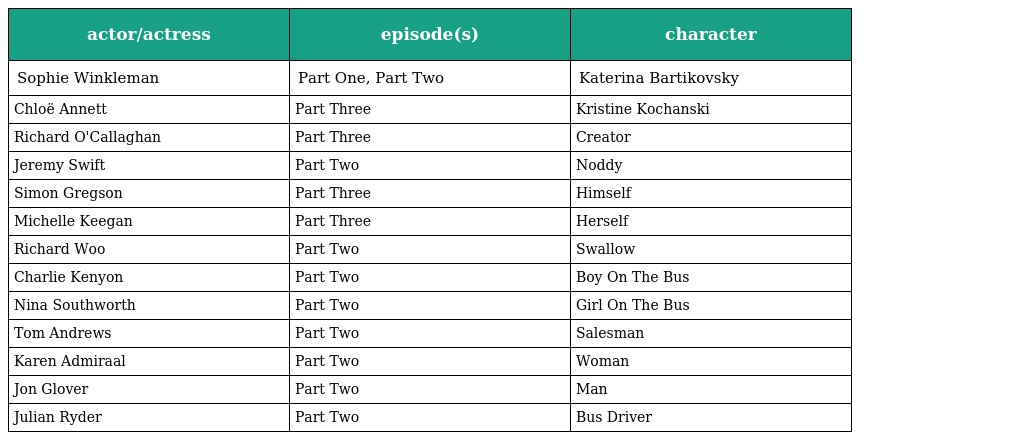
| actor/actress | episode(s) | character |
 | --- | --- | --- |
 | Sophie Winkleman | Part One, Part Two | Katerina Bartikovsky |
 | Chloë Annett | Part Three | Kristine Kochanski |
 | Richard O'Callaghan | Part Three | Creator |
 | Jeremy Swift | Part Two | Noddy |
 | Simon Gregson | Part Three | Himself |
 | Michelle Keegan | Part Three | Herself |
 | Richard Woo | Part Two | Swallow |
 | Charlie Kenyon | Part Two | Boy On The Bus |
 | Nina Southworth | Part Two | Girl On The Bus |
 | Tom Andrews | Part Two | Salesman |
 | Karen Admiraal | Part Two | Woman |
 | Jon Glover | Part Two | Man |
 | Julian Ryder | Part Two | Bus Driver |